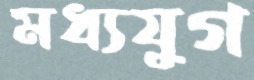
মধ্যযুগ